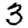
Digit: 3